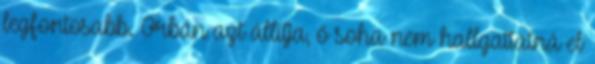
legfontosabb. Orbán azt állítja, ő soha nem hallgattatná el